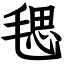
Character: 毸